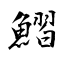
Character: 鰼